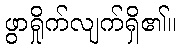
ဖွာရှိုက်လျက်ရှိ၏။